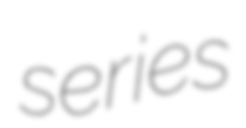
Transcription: series